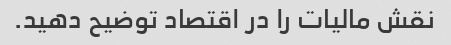
نقش مالیات را در اقتصاد توضیح دهید.